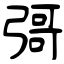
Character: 彁